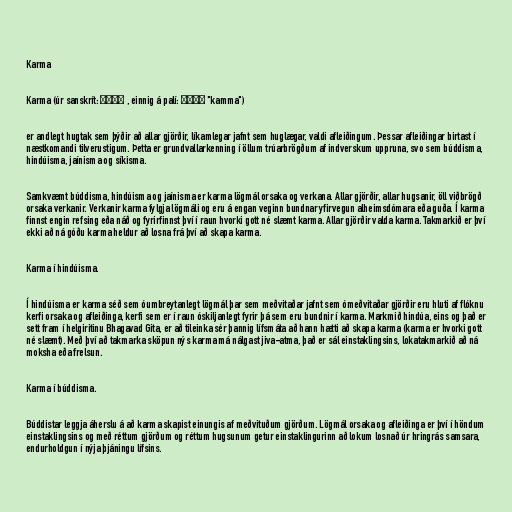
Karma

Karma (úr sanskrít: कर्म , einnig á palí: कम्म "kamma")

er andlegt hugtak sem þýðir að allar gjörðir, líkamlegar jafnt sem huglægar, valdi afleiðingum. Þessar afleiðingar birtast í
næstkomandi tilverustigum. Þetta er grundvallarkenning í öllum trúarbrögðum af indverskum uppruna, svo sem búddisma,
hindúisma, jaínisma og síkisma.

Samkvæmt búddisma, hindúisma og jaínisma er karma lögmál orsaka og verkana. Allar gjörðir, allar hugsanir, öll viðbrögð
orsaka verkanir. Verkanir karma fylgja lögmáli og eru á engan veginn bundnar yfirvegun alheimsdómara eða guða. Í karma
finnst engin refsing eða náð og fyrirfinnst því í raun hvorki gott né slæmt karma. Allar gjörðir valda karma. Takmarkið er því
ekki að ná góðu karma heldur að losna frá því að skapa karma.

Karma í hindúisma.

Í hindúisma er karma séð sem óumbreytanlegt lögmál þar sem meðvitaðar jafnt sem ómeðvitaðar gjörðir eru hluti af flóknu
kerfi orsaka og afleiðinga, kerfi sem er í raun óskiljanlegt fyrir þá sem eru bundnir í karma. Markmið hindúa, eins og það er
sett fram í helgiritinu Bhagavad Gita, er að tileinka sér þannig lífsmáta að hann hætti að skapa karma (karma er hvorki gott
né slæmt). Með því að takmarka sköpun nýs karma má nálgast jiva-atma, það er sál einstaklingsins, lokatakmarkið að ná
moksha eða frelsun.

Karma í búddisma.

Búddistar leggja áherslu á að karma skapist einungis af meðvituðum gjörðum. Lögmál orsaka og afleiðinga er því í höndum
einstaklingsins og með réttum gjörðum og réttum hugsunum getur einstaklingurinn að lokum losnað úr hringrás samsara,
endurholdgun í nýja þjáningu lífsins.